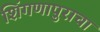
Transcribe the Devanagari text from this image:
शिंगणापुराचा